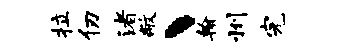
拉仞渚敝丶翰州完